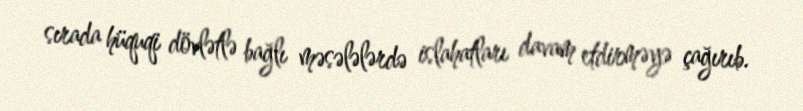
sırada hüquqi dövlətlə bağlı məsələlərdə islahatları davam etdirməyə çağırıb.